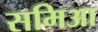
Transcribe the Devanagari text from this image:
समिआ